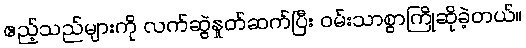
ဧည့်သည်များကို လက်ဆွဲနှုတ်ဆက်ပြီး ဝမ်းသာစွာကြိုဆိုခဲ့တယ်။